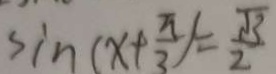
\sin ( x + \frac { \pi } { 3 } ) = \frac { \sqrt { 3 } } { 2 }